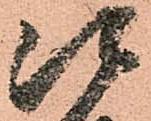
次